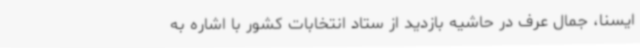
ایسنا، جمال عرف در حاشیه بازدید از ستاد انتخابات کشور با اشاره به